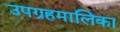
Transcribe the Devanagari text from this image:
उपग्रहमालिका